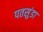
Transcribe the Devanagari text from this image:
पतसुंडा